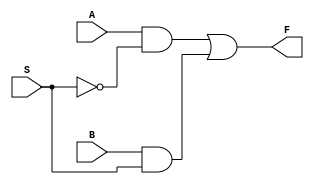
module mux21 (
  input S,
  input A,
  input B,
  output F
);

  wire S_not;
  wire A_S_not;
  wire B_S;

  not U1 ( S_not, S );

  and U2 ( A_S_not, A, S_not );
  and U3 ( B_S, B, S );

  or U4 ( F, A_S_not, B_S );

endmodule